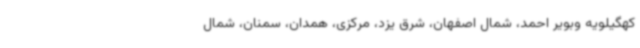
کهگیلویه وبویر احمد، شمال اصفهان، شرق یزد، مرکزی، همدان، سمنان، شمال